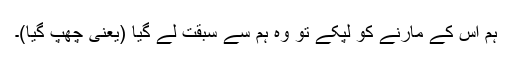
ہم اس کے مارنے کو لپکے تو وہ ہم سے سبقت لے گیا (یعنی چھپ گیا)۔